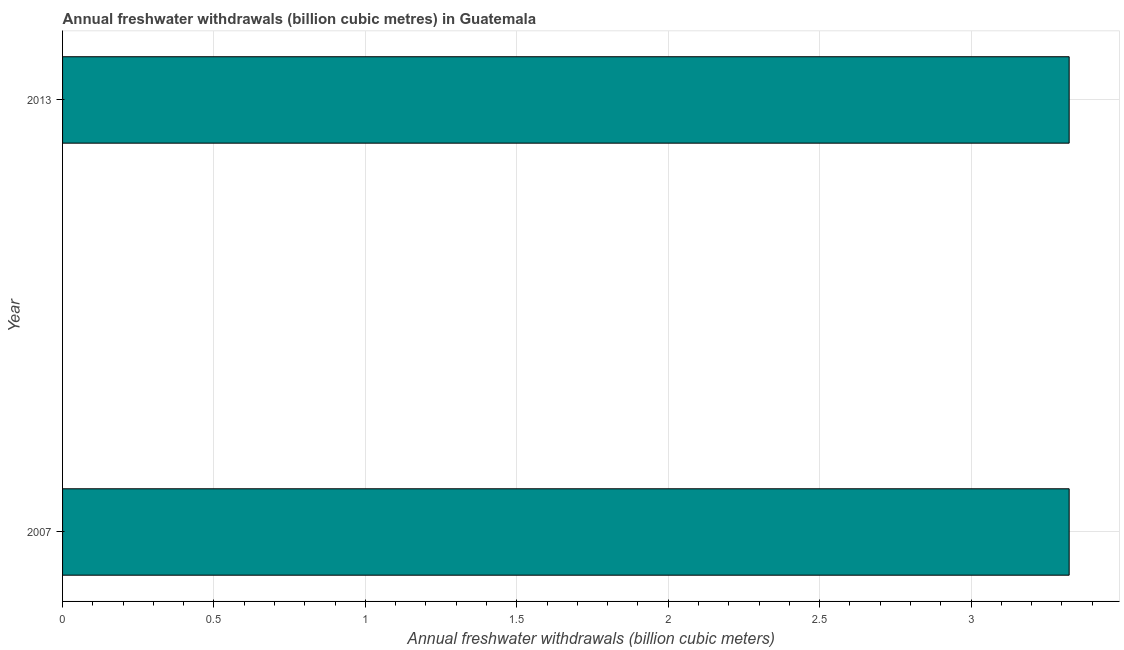
| Year | Annual freshwater withdrawals |
 | --- | --- |
 | 2007 | 3.32 |
 | 2013 | 3.32 |